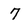
Character: 7